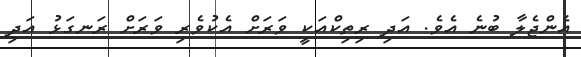
އެންޖެލާ ބުނެ އެވެ. އަދި ރިތިކްއަކީ ވަރަށް އެކުވެރި ވަރަށް ރަނގަޅު އަދި